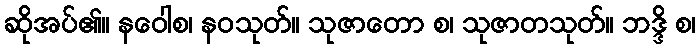
ဆိုအပ်၏။ နဝေါစ၊ နဝသုတ်။ သုဇာတော စ၊ သုဇာတသုတ်။ ဘဒ္ဒိ စ၊